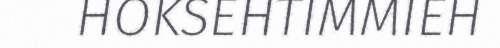
HOKSEHTIMMIEH